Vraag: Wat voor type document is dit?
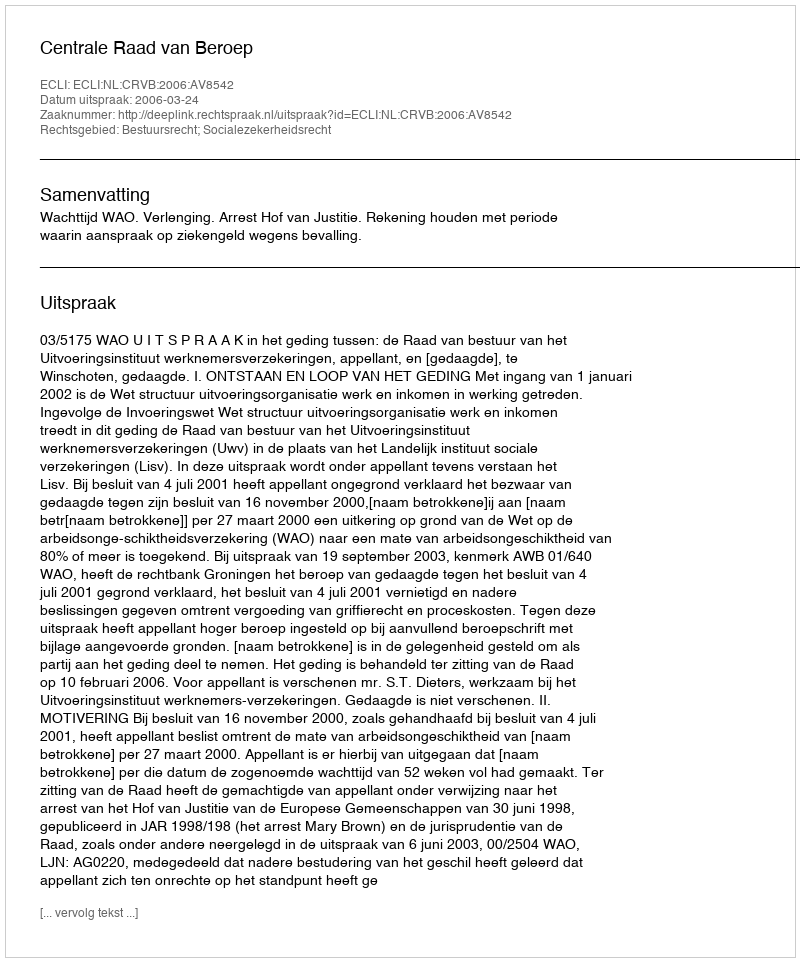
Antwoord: Uitspraak